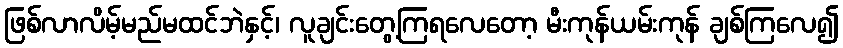
ဖြစ်လာလိမ့်မည်မထင်ဘဲနှင့်၊ လူချင်းတွေ့ကြရလေတော့ မီးကုန်ယမ်းကုန် ချစ်ကြလေ၍